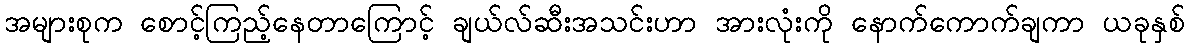
အများစုက စောင့်ကြည့်နေတာကြောင့် ချယ်လ်ဆီးအသင်းဟာ အားလုံးကို နောက်ကောက်ချကာ ယခုနှစ်